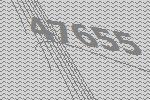
47655